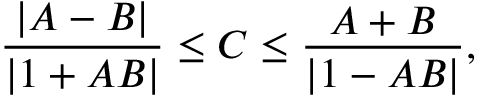
{ \frac { | A - B | } { | 1 + A B | } } \leq C \leq { \frac { A + B } { | 1 - A B | } } ,